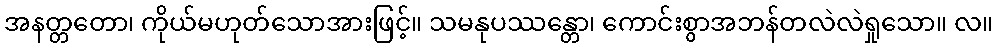
အနတ္တတော၊ ကိုယ်မဟုတ်သောအားဖြင့်။ သမနုပဿန္တော၊ ကောင်းစွာအဘန်တလဲလဲရှုသော။ လ။